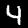
Label: 4